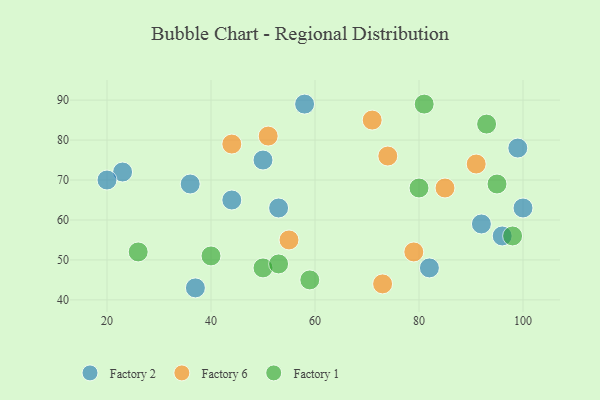
{"axis": {"x": "GDP", "y": "Life Expectancy"}, "legend": ["Factory 1", "Factory 2", "Factory 6"], "data": [{"x": "36", "y": 69, "type": "Factory 2"}, {"x": "50", "y": 75, "type": "Factory 2"}, {"x": "23", "y": 72, "type": "Factory 2"}, {"x": "20", "y": 70, "type": "Factory 2"}, {"x": "96", "y": 56, "type": "Factory 2"}, {"x": "53", "y": 63, "type": "Factory 2"}, {"x": "99", "y": 78, "type": "Factory 2"}, {"x": "92", "y": 59, "type": "Factory 2"}, {"x": "44", "y": 65, "type": "Factory 2"}, {"x": "37", "y": 43, "type": "Factory 2"}, {"x": "58", "y": 89, "type": "Factory 2"}, {"x": "100", "y": 63, "type": "Factory 2"}, {"x": "82", "y": 48, "type": "Factory 2"}, {"x": "79", "y": 52, "type": "Factory 6"}, {"x": "91", "y": 74, "type": "Factory 6"}, {"x": "85", "y": 68, "type": "Factory 6"}, {"x": "73", "y": 44, "type": "Factory 6"}, {"x": "44", "y": 79, "type": "Factory 6"}, {"x": "55", "y": 55, "type": "Factory 6"}, {"x": "71", "y": 85, "type": "Factory 6"}, {"x": "74", "y": 76, "type": "Factory 6"}, {"x": "51", "y": 81, "type": "Factory 6"}, {"x": "59", "y": 45, "type": "Factory 1"}, {"x": "93", "y": 84, "type": "Factory 1"}, {"x": "98", "y": 56, "type": "Factory 1"}, {"x": "80", "y": 68, "type": "Factory 1"}, {"x": "50", "y": 48, "type": "Factory 1"}, {"x": "95", "y": 69, "type": "Factory 1"}, {"x": "40", "y": 51, "type": "Factory 1"}, {"x": "26", "y": 52, "type": "Factory 1"}, {"x": "53", "y": 49, "type": "Factory 1"}, {"x": "81", "y": 89, "type": "Factory 1"}]}